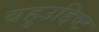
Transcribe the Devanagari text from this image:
बहुउद्दिष्ट